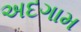
અદગામ